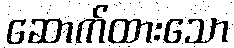
ဆောက်ထားသော